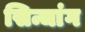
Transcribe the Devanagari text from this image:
सिन्चांग